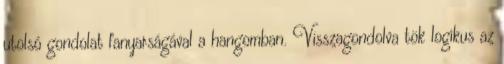
utolsó gondolat fanyarságával a hangomban. Visszagondolva tök logikus az